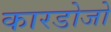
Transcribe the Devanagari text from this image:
कारडोजो